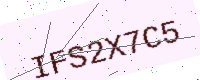
Text: IFS2X7C5